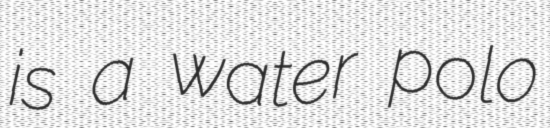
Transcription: is a water polo